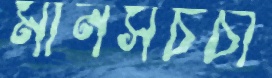
মানসচর্চা